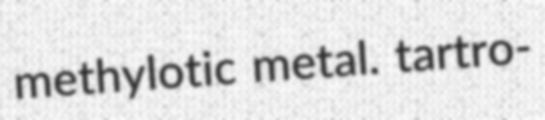
methylotic metal. tartro-